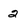
Character: 2